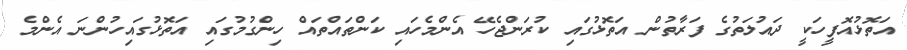
އަތޮޅުއޮފީހަކީ ދައުލަތުގެ ފަރާތުން އަތޮޅުގައި ކުރަންޖެހޭ އެންމެހައި ކަންތައްތައް ހިންގުމުގައި އަތޮޅުގައިހުންނަ އެންމެ